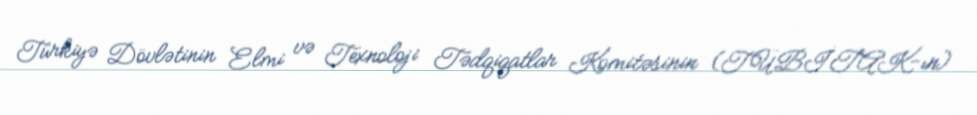
Türkiyə Dövlətinin Elmi və Texnoloji Tədqiqatlar Komitəsinin (TÜBİTAK-ın)